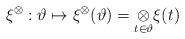
LaTeX: \begin{align*}\xi^\otimes:\vartheta\mapsto\xi^\otimes(\vartheta)=\underset{{t\in\vartheta}}{\otimes}\xi(t)\end{align*}